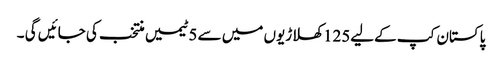
پاکستان کپ کےلیے125 کھلاڑیوں میں سے 5 ٹیمیں منتخب کی جائیں گی ۔